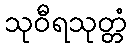
သုဝီရသုတ္တံ